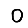
Digit: 0